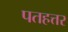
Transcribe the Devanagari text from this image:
पतहत्तर